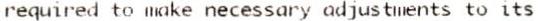
REQUIRED TO MAKE NECESSARY ADJUSTMENTS TO ITS